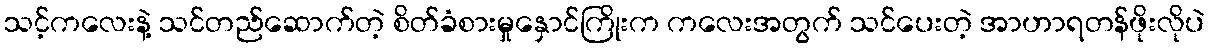
သင့်ကလေးနဲ့ သင်တည်ဆောက်တဲ့ စိတ်ခံစားမှုနှောင်ကြိုးက ကလေးအတွက် သင်ပေးတဲ့ အာဟာရတန်ဖိုးလိုပဲ